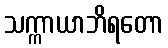
သက္ကာယာဘိရတော